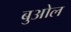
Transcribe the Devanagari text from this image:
बुओल